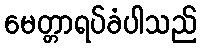
မေတ္တာရပ်ခံပါသည်